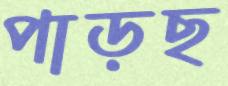
পাড়ছ